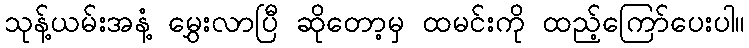
သုန့်ယမ်းအနံ့ မွှေးလာပြီ ဆိုတော့မှ ထမင်းကို ထည့်ကြော်ပေးပါ။